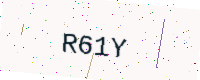
Text: R61Y